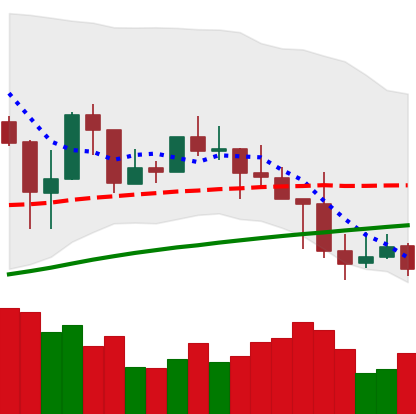
Ticker: LINK-USD
Chart end date: 2019-04-29
Forward return: 14.185%
Label: up_7plus